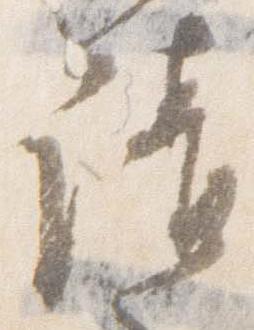
請